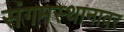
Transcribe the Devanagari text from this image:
संगमस्थानावर